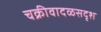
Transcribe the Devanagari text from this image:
चक्रीवादळसदृश